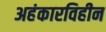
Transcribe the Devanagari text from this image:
अहंकारविहीन